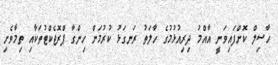
ހާސިލް ކޮށްފައިވަނީ އާއްމު ދިރިއުޅުމުގެ ހާލަތު ރަނގަޅު ކުރުމަށް ހިންގާ ޕްރޮޖެކްޓުތަކާއި ތިމާވެށި